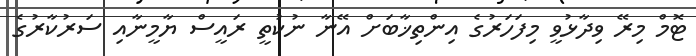
ޓޮމް މިރޭ ވިދާޅުވީ މިފަހަރުގެ އިންތިޚާބަށް އޭނާ ނުކުތީ ރައީސް ޔާމީނާއި ސަރުކާރުގެ